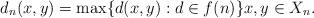
LaTeX: \begin{align*}d_{n}(x,y)=\max\{d(x,y): d\in f(n)\} x,y\in X_n.\end{align*}